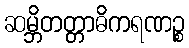
ဆမ္ဘိတတ္တာဓိကရဏဉ္စ